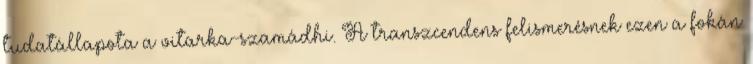
tudatállapota a vitarka-szamádhi. A transzcendens felismerésnek ezen a fokán